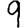
Digit: 9